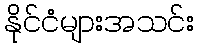
နိုင်ငံများအသင်း